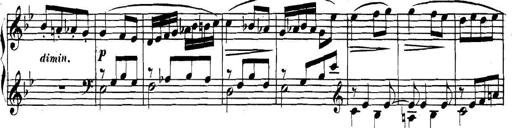
Title: Collected Piano Sonatas
Composer: Muzio Clementi